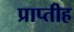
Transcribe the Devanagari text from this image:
प्राप्तीह